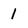
Character: 1